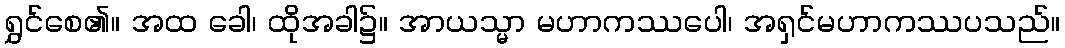
ရွှင်စေ၏။ အထ ခေါ၊ ထိုအခါ၌။ အာယသ္မာ မဟာကဿပေါ၊ အရှင်မဟာကဿပသည်။